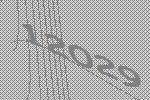
12029